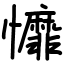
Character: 戂